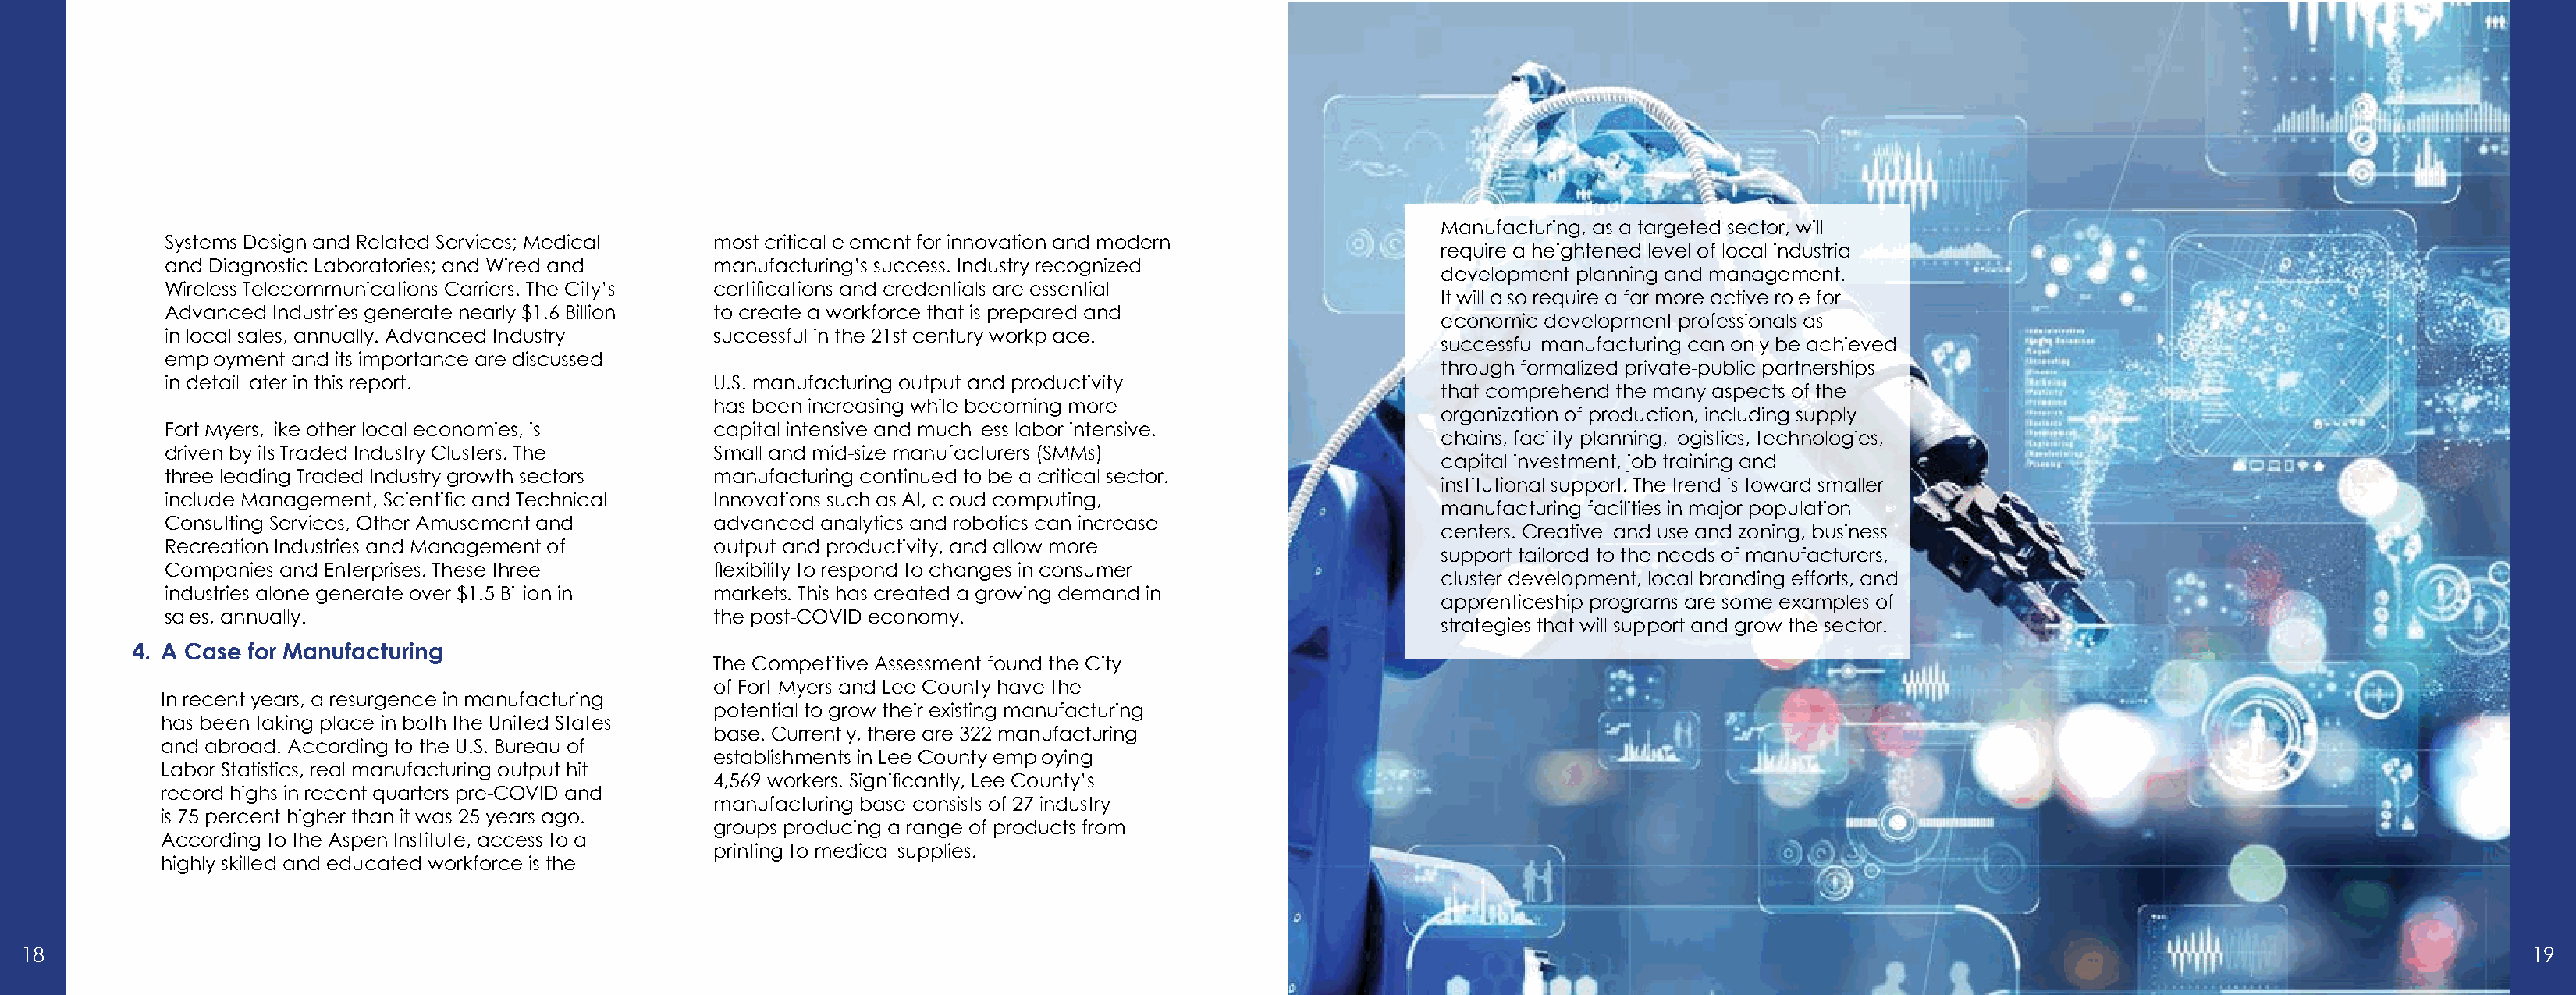
Manufacturing, as a targeted sector, will
 Systems Design and Related Services; Medical   most critical element for innovation and modern
 require a heightened level of local industrial
 and Diagnostic Laboratories; and Wired and     manufacturing’s success. Industry recognized
 development planning and management.
 Wireless Telecommunications Carriers. The City’s certifications and credentials are essential
 It will also require a far more active role for
 Advanced Industries generate nearly $1.6 Billion to create a workforce that is prepared and
 economic development professionals as
 in local sales, annually. Advanced Industry    successful in the 21st century workplace.
 successful manufacturing can only be achieved
 employment and its importance are discussed
 through formalized private-public partnerships
 in detail later in this report.                U.S. manufacturing output and productivity
 that comprehend the many aspects of the
 has been increasing while becoming more
 organization of production, including supply
 Fort Myers, like other local economies, is     capital intensive and much less labor intensive.
 chains, facility planning, logistics, technologies,
 driven by its Traded Industry Clusters. The    Small and mid-size manufacturers (SMMs)
 capital investment, job training and
 three leading Traded Industry growth sectors   manufacturing continued to be a critical sector.
 institutional support. The trend is toward smaller
 include Management, Scientific and Technical   Innovations such as AI, cloud computing,
 manufacturing facilities in major population
 Consulting Services, Other Amusement and       advanced analytics and robotics can increase
 centers. Creative land use and zoning, business
 Recreation Industries and Management of        output and productivity, and allow more
 support tailored to the needs of manufacturers,
 Companies and Enterprises. These three         flexibility to respond to changes in consumer
 cluster development, local branding efforts, and
 industries alone generate over $1.5 Billion in markets. This has created a growing demand in
 apprenticeship programs are some examples of
 sales, annually.                               the post-COVID economy.
 strategies that will support and grow the sector.
 4. A Case for Manufacturing
 The Competitive Assessment found the City
 of Fort Myers and Lee County have the
 In recent years, a resurgence in manufacturing
 potential to grow their existing manufacturing
 has been taking place in both the United States
 base. Currently, there are 322 manufacturing
 and abroad. According to the U.S. Bureau of
 establishments in Lee County employing
 Labor Statistics, real manufacturing output hit
 4,569 workers. Significantly, Lee County’s
 record highs in recent quarters pre-COVID and
 manufacturing base consists of 27 industry
 is 75 percent higher than it was 25 years ago.
 groups producing a range of products from
 According to the Aspen Institute, access to a
 printing to medical supplies.
 highly skilled and educated workforce is the
 18                                                                                                                                                                                                                   19